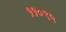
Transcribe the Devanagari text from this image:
११०९५